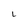
Character: l